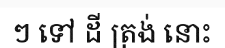
ៗ ទៅ ដី ត្រង់ នោះ